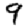
Digit: 9